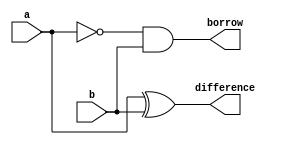
module half_subtractor(a,b,difference,borrow);
input a,b;
output difference,borrow;
//continuous assignment
assign difference=a^b;
assign borrow=~a & b;
endmodule